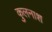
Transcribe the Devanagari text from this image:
कुलनाश